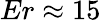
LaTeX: Er\approx 15